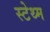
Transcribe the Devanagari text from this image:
स्टेथ्म